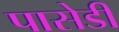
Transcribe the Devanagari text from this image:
पासेडी